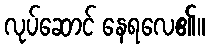
လုပ်ဆောင် နေရလေ၏။